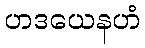
ဟဒယေနဟံ